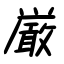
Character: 厳